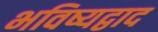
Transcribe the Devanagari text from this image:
भविष्यद्वाद